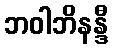
ဘဝါဘိနန္ဒီ